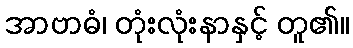
အာဗာဓံ၊ တုံးလုံးနာနှင့် တူ၏။